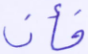
فأن